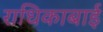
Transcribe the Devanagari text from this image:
राधिकाबाई